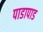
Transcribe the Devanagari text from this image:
पाडापाड